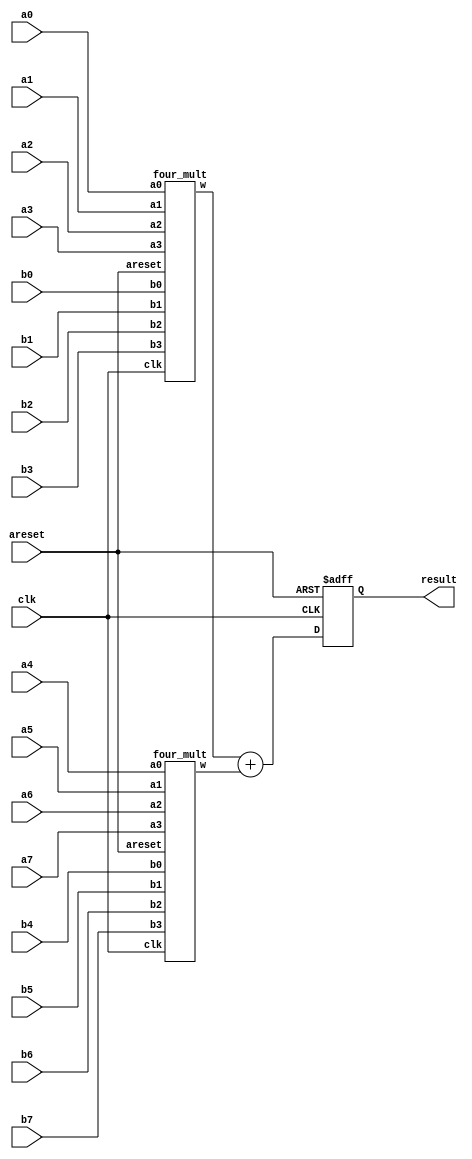

module dsp_eight_mult (clk, areset, a0, b0, a1, b1, a2, b2, a3, b3, 
			      a4, b4, a5, b5, a6, b6, a7, b7, result);
	parameter WIDTH = 9; 
	input clk;
	input areset;
	input signed [WIDTH-1:0] a0, a1, a2, a3;
	input signed [WIDTH-1:0] b0, b1, b2, b3;
	input signed [WIDTH-1:0] a4, a5, a6, a7;
	input signed [WIDTH-1:0] b4, b5, b6, b7;
	output signed [2*WIDTH+2:0] result;

	wire signed [2*WIDTH+1:0] w0;	
	wire signed [2*WIDTH+1:0] w1;	
	reg signed [2*WIDTH+2:0] result;

	four_mult d1
	(
		.clk(clk),
		.areset(areset),
		.a0(a0),
		.b0(b0),
		.a1(a1),
		.b1(b1),
		.a2(a2),
		.b2(b2),
		.a3(a3),
		.b3(b3),
		.w(w0)
	);
	four_mult d2
	(
		.clk(clk),
		.areset(areset),
		.a0(a4),
		.b0(b4),
		.a1(a5),
		.b1(b5),
		.a2(a6),
		.b2(b6),
		.a3(a7),
		.b3(b7),
		.w(w1)
	);
	always @ (posedge clk or posedge areset) begin
		if(areset) begin
			result <= 0;
		end
        else begin
			result   <= w0 + w1;
		end
	end

endmodule

module four_mult (clk, areset, a0, b0, a1, b1, a2, b2, a3, b3, w);
	parameter WIDTH = 9; 
	input clk;
	input areset;
	input signed [WIDTH-1:0] a0;
	input signed [WIDTH-1:0] b0;
	input signed [WIDTH-1:0] a1;
	input signed [WIDTH-1:0] b1;
	input signed [WIDTH-1:0] a2;
	input signed [WIDTH-1:0] b2;
	input signed [WIDTH-1:0] a3;
	input signed [WIDTH-1:0] b3;
	output signed [2*WIDTH+1:0] w;

	reg signed [WIDTH-1:0] a0_reg;
	reg signed [WIDTH-1:0] b0_reg;
	reg signed [WIDTH-1:0] a1_reg;
	reg signed [WIDTH-1:0] b1_reg;
	reg signed [WIDTH-1:0] a2_reg;
	reg signed [WIDTH-1:0] b2_reg;
	reg signed [WIDTH-1:0] a3_reg;
	reg signed [WIDTH-1:0] b3_reg;

	reg signed [2*WIDTH:0] p0;
	reg signed [2*WIDTH:0] p1;

	reg signed [2*WIDTH+1:0] w;	

	always @ (posedge clk or posedge areset) begin
		if(areset) begin
			a0_reg <= 0;
			b0_reg <= 0;
			a1_reg <= 0;
			b1_reg <= 0;
			a2_reg <= 0;
			b2_reg <= 0;
			a3_reg <= 0;
			b3_reg <= 0;
			p0 	   <= 0;
			p1     <= 0;
			w      <= 0;
		end
		else begin
		    a0_reg <= a0;	 
		    b0_reg <= b0;
		    a1_reg <= a1;
		    b1_reg <= b1;
		    a2_reg <= a2;
		    b2_reg <= b2;
		    a3_reg <= a3;
		    b3_reg <= b3;
			p0     <= a0_reg * b0_reg + a1_reg * b1_reg;
			p1     <= a2_reg * b2_reg + a3_reg * b3_reg;
			w 	   <= p0 + p1;
		end
	end

endmodule